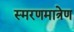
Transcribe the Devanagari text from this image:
स्मरणमात्रेण